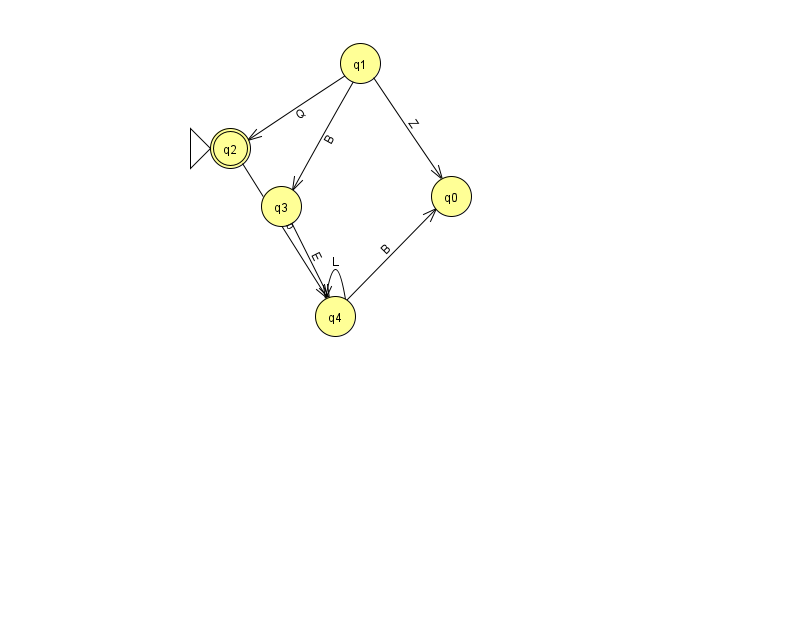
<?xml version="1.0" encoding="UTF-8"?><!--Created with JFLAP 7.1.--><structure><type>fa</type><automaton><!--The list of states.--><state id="0" name="q0"><x>451.0</x><y>183.0</y></state><state id="1" name="q1"><x>360.0</x><y>50.0</y></state><state id="2" name="q2"><x>230.0</x><y>135.0</y><initial/><final/></state><state id="3" name="q3"><x>281.0</x><y>193.0</y></state><state id="4" name="q4"><x>335.0</x><y>303.0</y></state><!--The list of transitions.--><transition><from>1</from><to>0</to><read>Z</read></transition><transition><from>1</from><to>3</to><read>B</read></transition><transition><from>3</from><to>4</to><read>E</read></transition><transition><from>1</from><to>2</to><read>Q</read></transition><transition><from>4</from><to>4</to><read>L</read></transition><transition><from>2</from><to>4</to><read>b</read></transition><transition><from>4</from><to>0</to><read>B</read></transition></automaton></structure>